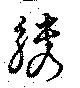
觹